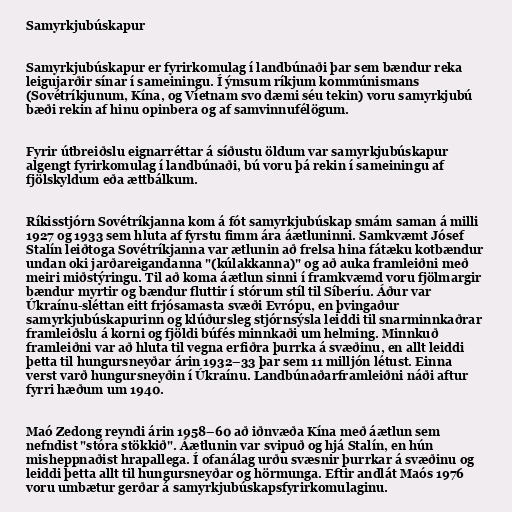
Samyrkjubúskapur

Samyrkjubúskapur er fyrirkomulag í landbúnaði þar sem bændur reka
leigujarðir sínar í sameiningu. Í ýmsum ríkjum kommúnismans
(Sovétríkjunum, Kína, og Víetnam svo dæmi séu tekin) voru samyrkjubú
bæði rekin af hinu opinbera og af samvinnufélögum.

Fyrir útbreiðslu eignarréttar á síðustu öldum var samyrkjubúskapur
algengt fyrirkomulag í landbúnaði, bú voru þá rekin í sameiningu af
fjölskyldum eða ættbálkum.

Ríkisstjórn Sovétríkjanna kom á fót samyrkjubúskap smám saman á milli
1927 og 1933 sem hluta af fyrstu fimm ára áætluninni. Samkvæmt Jósef
Stalín leiðtoga Sovétríkjanna var ætlunin að frelsa hina fátæku kotbændur
undan oki jarðareigandanna "(kúlakkanna)" og að auka framleiðni með
meiri miðstýringu. Til að koma áætlun sinni í framkvæmd voru fjölmargir
bændur myrtir og bændur fluttir í stórum stíl til Síberíu. Áður var
Úkraínu-sléttan eitt frjósamasta svæði Evrópu, en þvingaður
samyrkjubúskapurinn og klúðursleg stjórnsýsla leiddi til snarminnkaðrar
framleiðslu á korni og fjöldi búfés minnkaði um helming. Minnkuð
framleiðni var að hluta til vegna erfiðra þurrka á svæðinu, en allt leiddi
þetta til hungursneyðar árin 1932–33 þar sem 11 milljón létust. Einna
verst varð hungursneyðin í Úkraínu. Landbúnaðarframleiðni náði aftur
fyrri hæðum um 1940.

Maó Zedong reyndi árin 1958–60 að iðnvæða Kína með áætlun sem
nefndist "stóra stökkið". Áætlunin var svipuð og hjá Stalín, en hún
misheppnaðist hrapallega. Í ofanálag urðu svæsnir þurrkar á svæðinu og
leiddi þetta allt til hungursneyðar og hörmunga. Eftir andlát Maós 1976
voru umbætur gerðar á samyrkjubúskaps­fyrirkomulaginu.